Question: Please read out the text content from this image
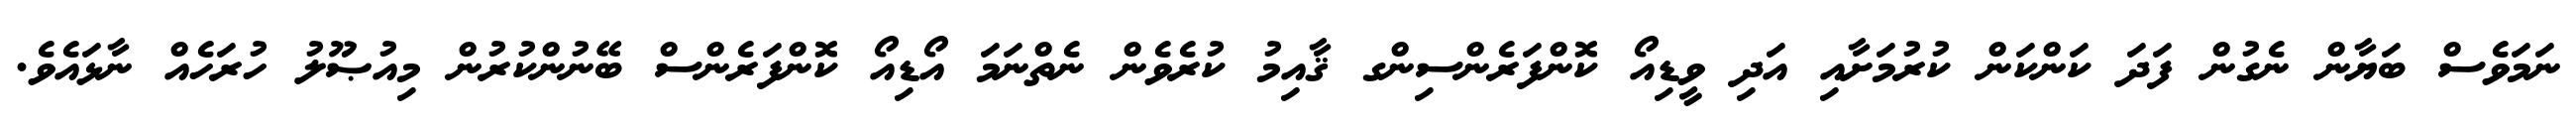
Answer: ނަމަވެސް ބަޔާން ނެގުން ފަދަ ކަންކަން ކުރުމަށާއި އަދި ވީޑިއޯ ކޮންފަރެންސިންގ ޤާއިމު ކުރެވެން ނެތްނަމަ އޯޑިއޯ ކޮންފަރެންސް ބޭނުންކުރުން މިއުޞޫލު ހުރަހެއް ނާޅައެވެ.